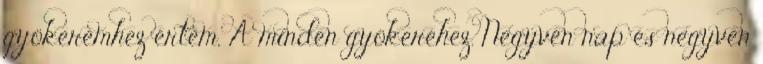
gyökeremhez értem, A minden gyökeréhez. Negyven nap és negyven